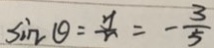
\sin \theta = \frac { y } { r } = - \frac { 3 } { 5 }